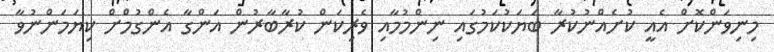
މިނިވަންކޮށް އެއީ ކުށެއްނުކުރާ ބަޔަކުކަމުގައި ނިންމުމާއި ވެރިކަން ކުރާބާރުން އަންގާ އެންގުމްށް ކިޔަމަންނުވާ